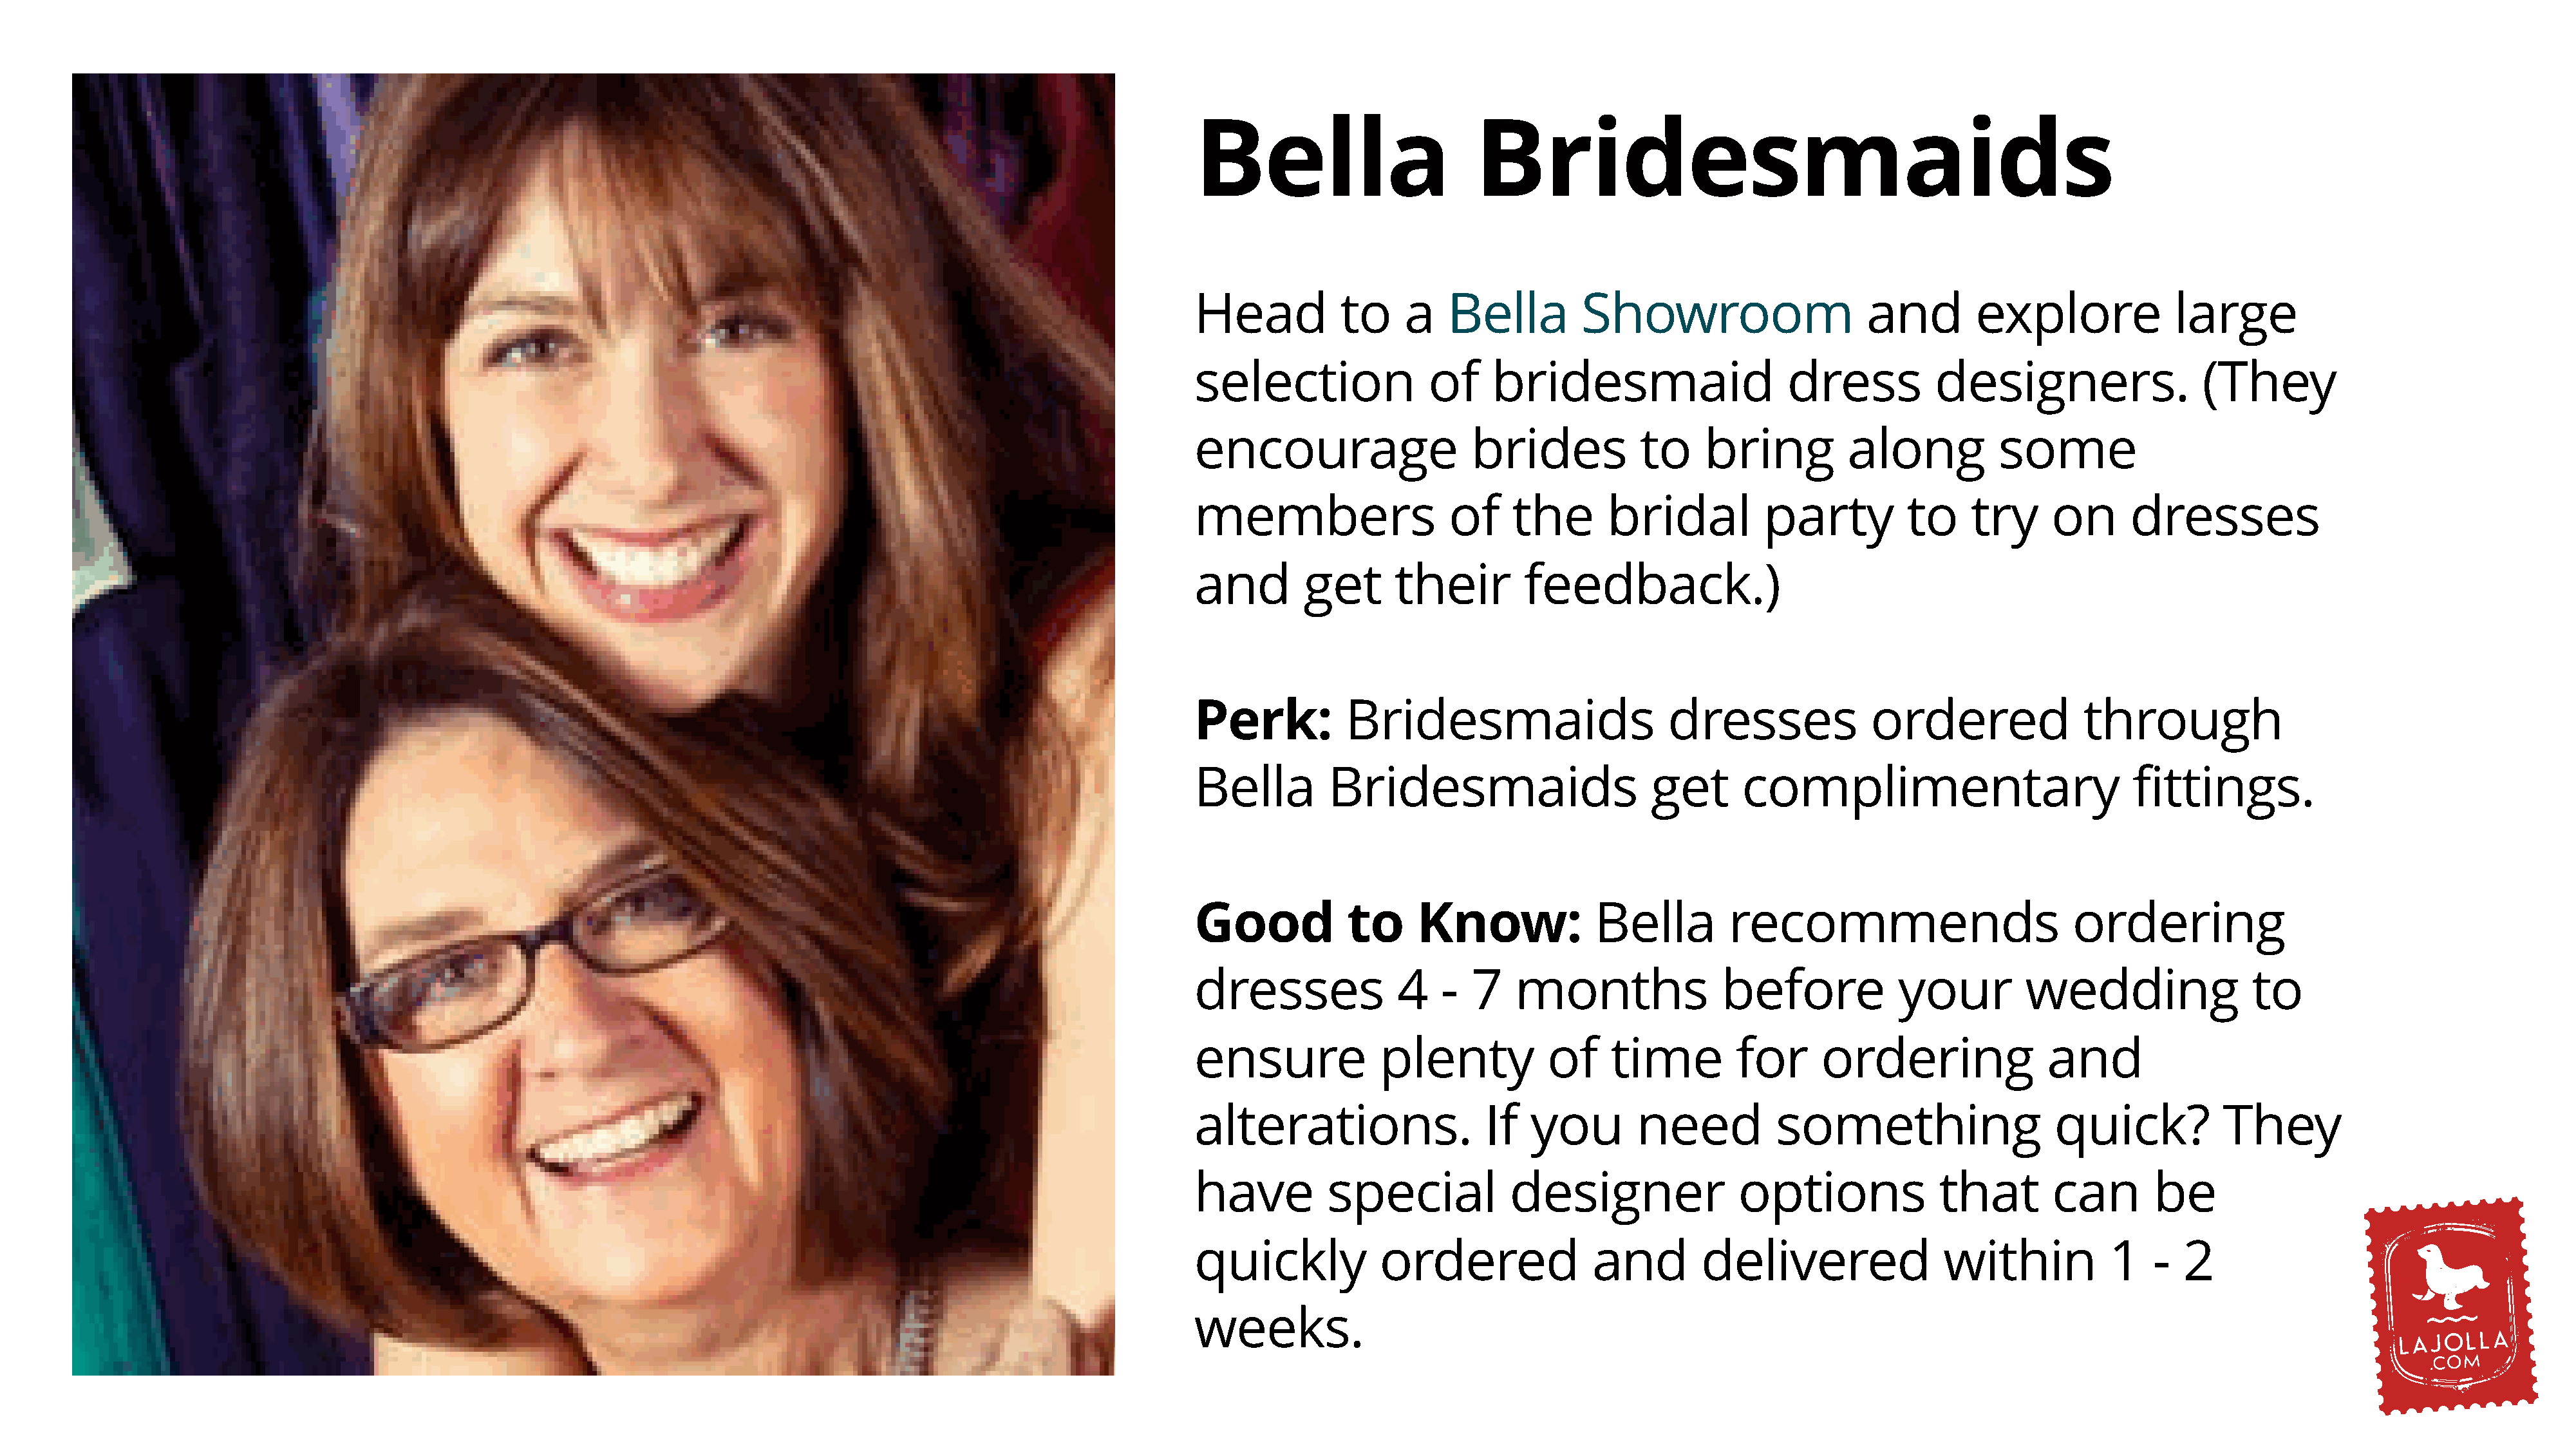
Bella                        Bridesmaids
 Head           to    a    Bella         Showroom                     and        explore              large
 selection               of    bridesmaid                     dress          designers.                 (They
 encourage                   brides            to    bring          along          some
 members                   of    the       bridal          party          to     try     on      dresses
 and        get      their         feedback.)
 Perk:          Bridesmaids                      dresses              ordered               through
 Bella         Bridesmaids                      get      complimentary                           fittings.
 Good           to      Know:             Bella         recommends                         ordering
 dresses              4   -  7    months               before            your         wedding                to
 ensure             plenty           of     time        for      ordering               and
 alterations.                  If  you        need           something                   quick?           They
 have         special            designer                options             that        can       be
 quickly            ordered               and        delivered                within           1   -  2
 weeks.